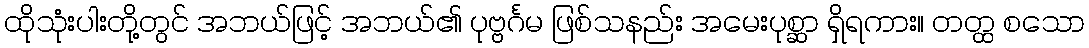
ထိုသုံးပါးတို့တွင် အဘယ်ဖြင့် အဘယ်၏ ပုဗ္ဗင်္ဂမ ဖြစ်သနည်း အမေးပုစ္ဆာ ရှိရကား။ တတ္ထ စသော